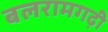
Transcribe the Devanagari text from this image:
बलरामगढ़ी